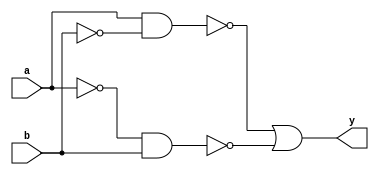
module xor_gate(
    input a, 
    input b,
    output y
);

wire na, nb, nand1, nand2;

assign na = ~a;
assign nb = ~b;

nand nand_gate1 (nand1, a, nb);
nand nand_gate2 (nand2, na, b);

assign y = nand1 | nand2;

endmodule